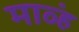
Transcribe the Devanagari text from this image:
माव्हं